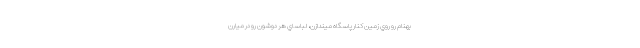
بهنام رو روي زمين كنار پاسگاه ميندازن، لباساي هر دوشون رو در ميارن